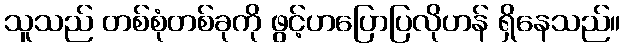
သူသည် တစ်စုံတစ်ခုကို ဖွင့်ဟပြောပြလိုဟန် ရှိနေသည်။